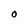
Character: O